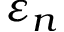
\varepsilon _ { n }